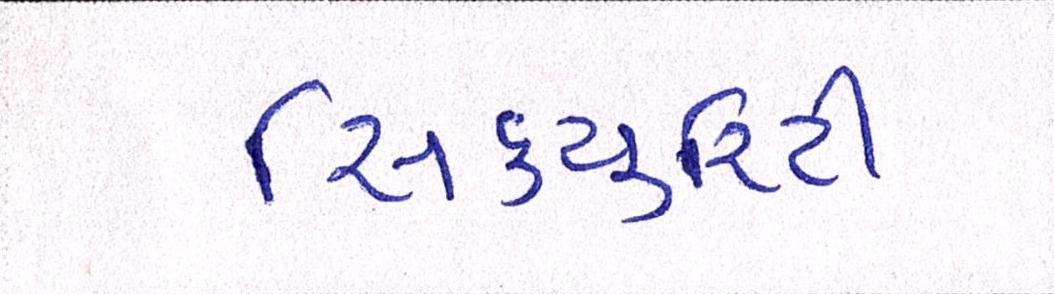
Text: સિકયુરિટી